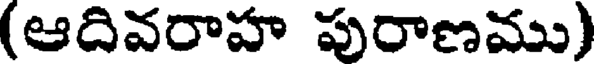
(ఆదివరాహ పురాణము)